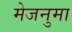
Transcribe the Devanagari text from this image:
मेजनुमा